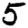
Digit: 5